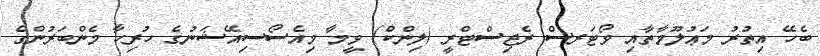
ބެހޭ އިތުރު މަޢުލޫމާތާއި ވޯޓަރސް ރެޖިސްޓްރީ (ލިންކް) ވީމާ މިއެސޯސިއޭޝަނުގެ ހުރިހާ މެންބަރުންގެ